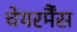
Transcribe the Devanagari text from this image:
चेयरर्मैंस